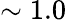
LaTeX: \sim 1.0